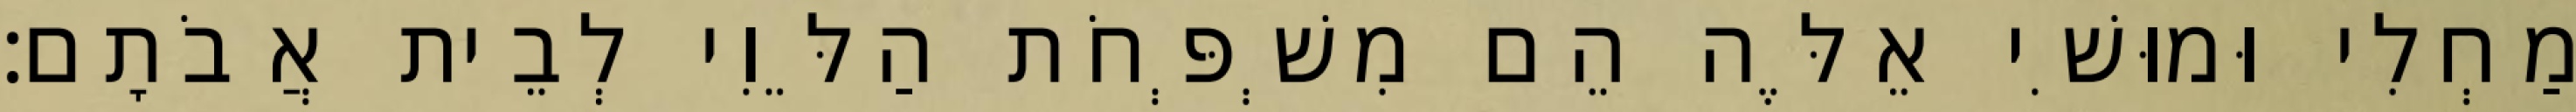
מַחְלִי וּמוּשִׁי אֵלֶּה הֵם מִשְׁפְּחֹת הַלֵּוִי לְבֵית אֲבֹתָם׃